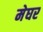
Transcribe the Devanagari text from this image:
मेघर